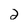
Character: 2